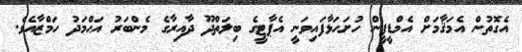
އެގޮތުން އެމަޤާމަށް އެމްޑީޕީން ހުށަހަޅާފައިވަނީ އެޕާޓީގެ ބިލަތްދޫ ދާއިރާގެ މެންބަރު އަޙްމަދު ހަމްޒާއެވެ.